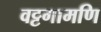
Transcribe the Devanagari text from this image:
वट्टगामणि